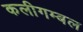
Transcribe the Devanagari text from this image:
कलीगम्बल